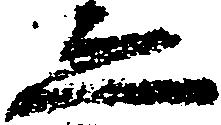
ゑ